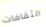
الثقافات